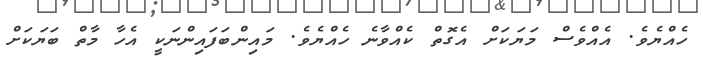
ހެއްޔެވެ. އެއްވެސް މަޔަކަށް އެގޮތް ކެއްވާނެ ހެއްޔެވެ. މައިންބަފައިންނަކީ އެހާ މާތް ބަޔަކަށް